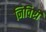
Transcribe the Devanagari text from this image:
निविष्टी